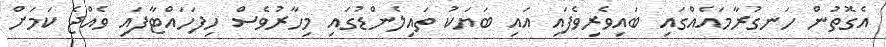
އެގޮތުން ހަނގުރާމައެއްގައި ބައިވެރިވެފައި އައި ބަޔަކު ތައިލެންޑުގައި މިހާރުވެސް ހިފަހައްޓާފައި ވެއްޖެ ކަމަށް